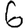
Digit: 6